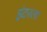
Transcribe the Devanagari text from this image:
इंटरला